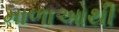
માળાઓથી